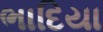
ભાદિયા